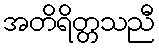
အတိရိတ္တသညီ